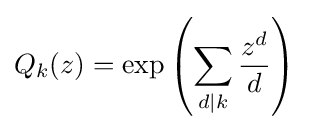
Q_{k}(z)=\exp \left(\sum _{d\mid k}{\frac {z^{d}}{d}}\right)